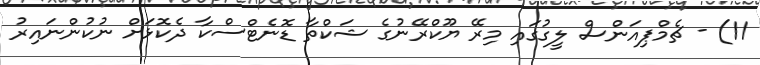
11) - ޗެމްޕިއަންސް ލީގުގައި މިރޭ ޔޫކްރޭނުގެ ޝަކްތާ ޑޮނެޓްސްކާ ދެކޮޅަށް ނުކުންނައިރު